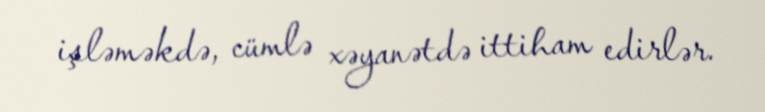
işləməkdə, cümlə xəyanətdə ittiham edirlər.